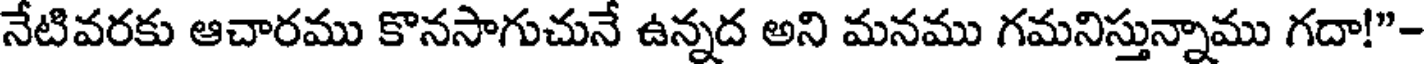
నేటివరకు ఆచారము కొనసాగుచునే ఉన్నద అని మనము గమనిస్తున్నాము గదా!"-